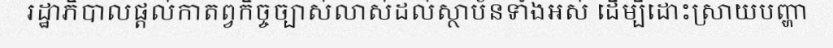
រដ្ឋាភិបាលផ្តល់កាតព្វកិច្ចច្បាស់លាស់ដល់ស្ថាប័នទាំងអស់ ដើម្បីដោះស្រាយបញ្ហា